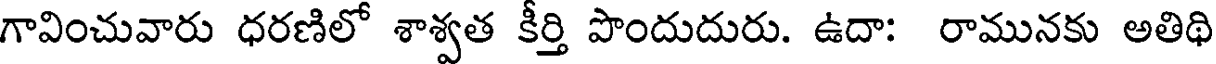
గావించువారు ధరణిలో శాశ్వత కీర్తి పొందుదురు. ఉదా: రామునకు అతిథి